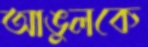
আঙুলকে